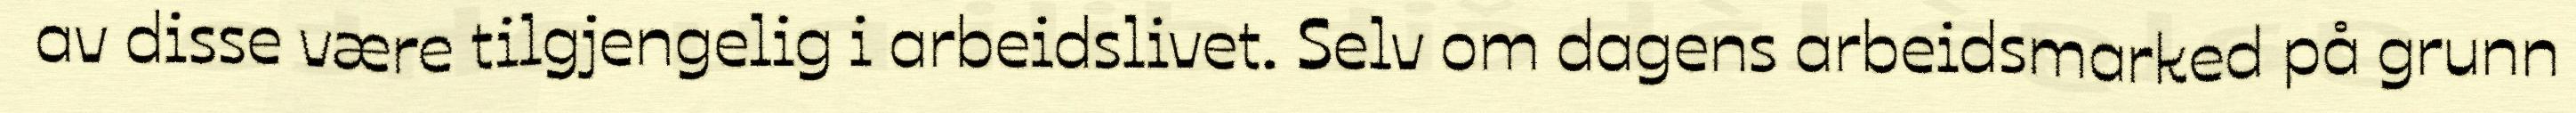
av disse være tilgjengelig i arbeidslivet. Selv om dagens arbeidsmarked på grunn